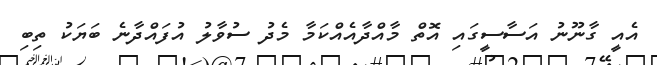
އެއީ ގާނޫނު އަސާސީގައި އޮތް މާއްދާއެއްކަމާ މެދު ސުވާލު އުފައްދާނެ ބަޔަކު ތިބި